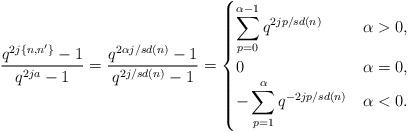
LaTeX: \begin{align*} \frac{q^{2j\{ n,n'\}}-1}{q^{2ja}-1} &= \frac{q^{2\alpha j/sd(n)}-1}{q^{2j/sd(n)}-1} = \begin{cases}\displaystyle\sum_{p=0}^{\alpha-1}q^{2jp/sd(n)}& \alpha> 0,\\0&\alpha=0,\\\displaystyle-\sum_{p=1}^{\alpha}q^{-2jp/sd(n)}& \alpha< 0.\end{cases} \end{align*}